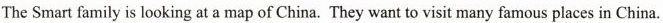
The Smart family is looking at a map of China. They want to visit many famous places in China.